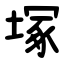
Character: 塚